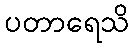
ပတာရေသိ